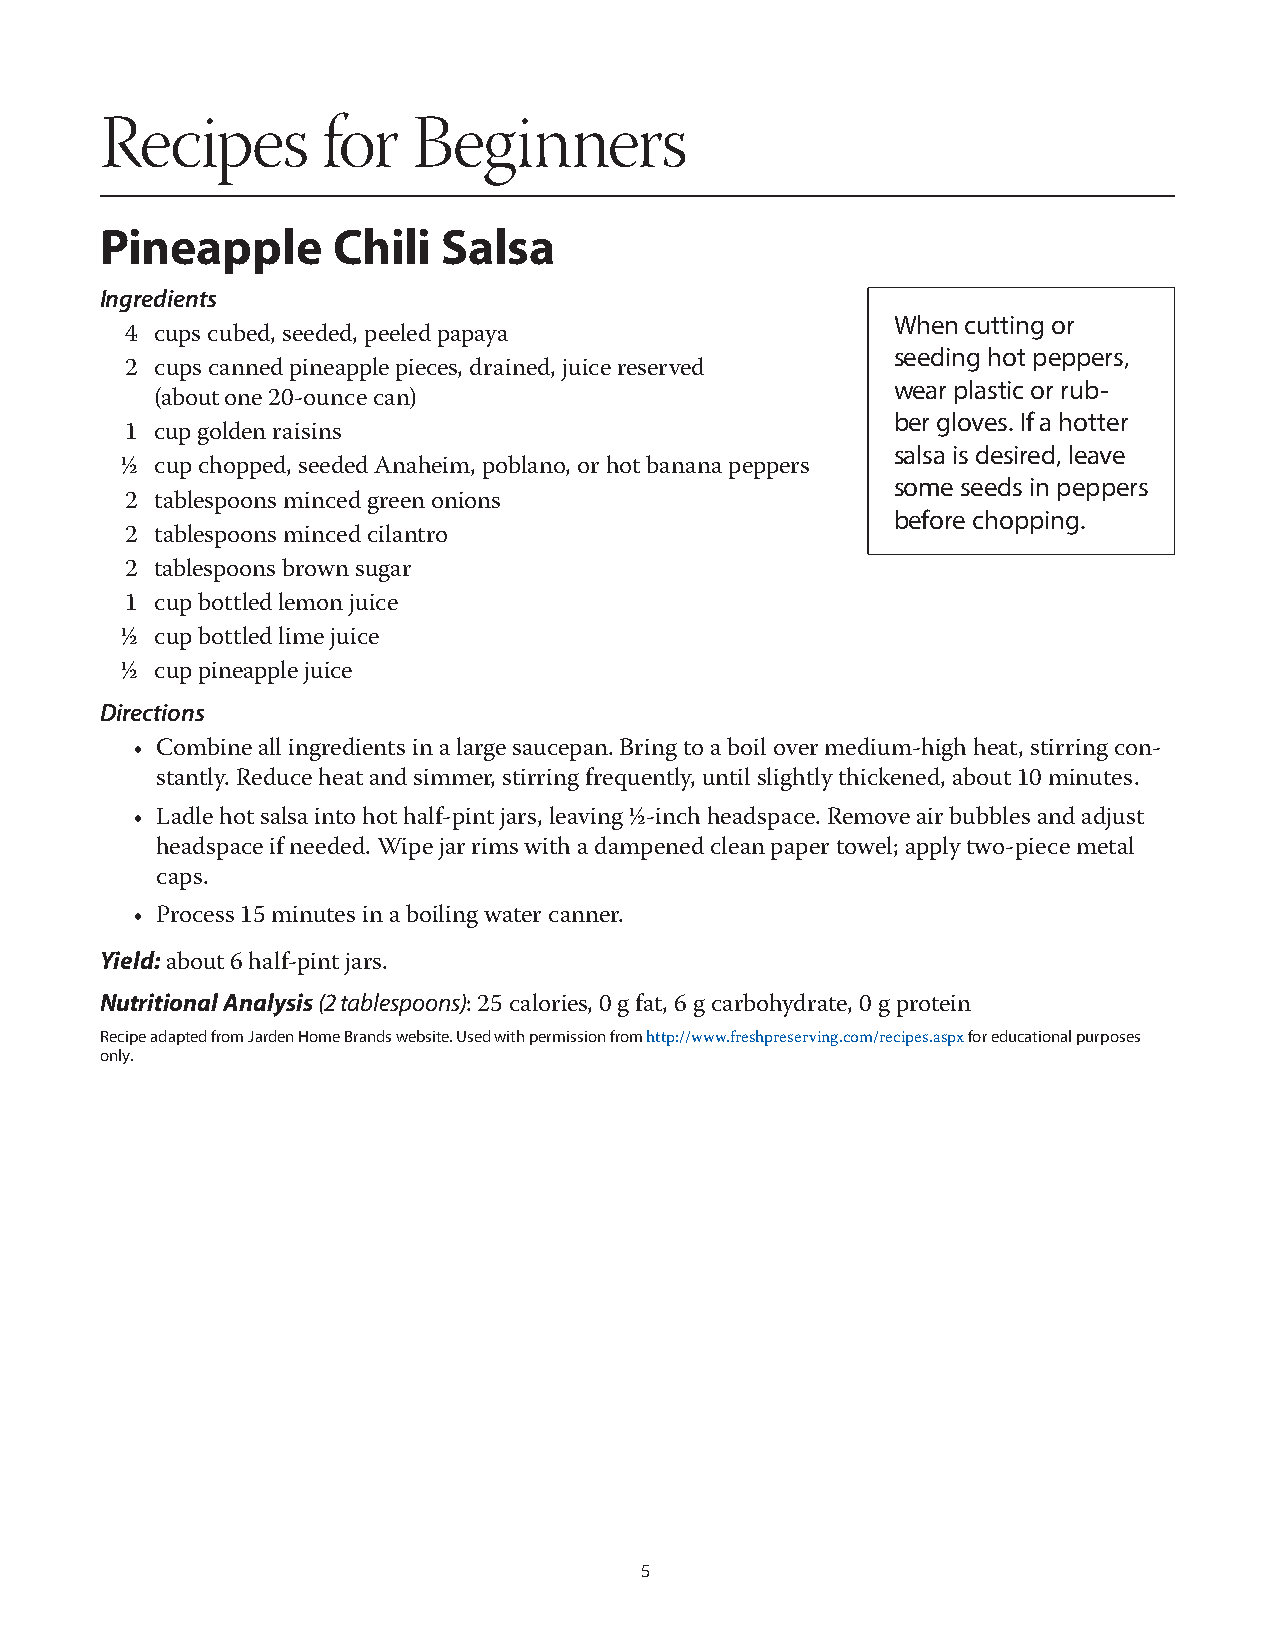
Recipes       for   Beginners
 Pineapple      Chili  Salsa
 Ingredients
 When cutting or
 4 cups cubed, seeded, peeled papaya
 seeding hot peppers,
 2 cups canned pineapple pieces, drained, juice reserved
 wear plastic or rub-
 (about one 20-ounce can)
 ber gloves. If a hotter
 1 cup golden raisins
 salsa is desired, leave
 ½ cup chopped, seeded Anaheim, poblano, or hot banana peppers
 some seeds in peppers
 2 tablespoons minced green onions
 before chopping.
 2 tablespoons minced cilantro
 2 tablespoons brown sugar
 1 cup bottled lemon juice
 ½ cup bottled lime juice
 ½ cup pineapple juice
 Directions
 • Combine all ingredients in a large saucepan. Bring to a boil over medium-high heat, stirring con-
 stantly. Reduce heat and simmer, stirring frequently, until slightly thickened, about 10 minutes.
 • Ladle hot salsa into hot half-pint jars, leaving ½-inch headspace. Remove air bubbles and adjust
 headspace if needed. Wipe jar rims with a dampened clean paper towel; apply two-piece metal
 caps.
 • Process 15 minutes in a boiling water canner.
 Yield:
 about 6 half-pint jars.
 Nutritional Analysis (2 tablespoons)
 : 25 calories, 0 g fat, 6 g carbohydrate, 0 g protein
 Recipe adapted from Jarden Home Brands website. Used with permission from http://www.freshpreserving.com/recipes.aspx for educational purposes
 only.
 5